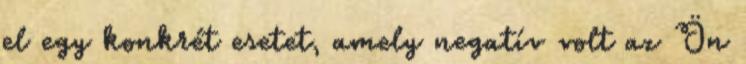
el egy konkrét esetet, amely negatív volt az Ön